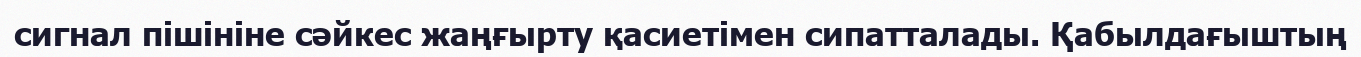
сигнал пішініне сәйкес жаңғырту қасиетімен сипатталады. Қабылдағыштың